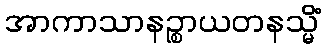
အာကာသာနဉ္စာယတနသ္မိံ